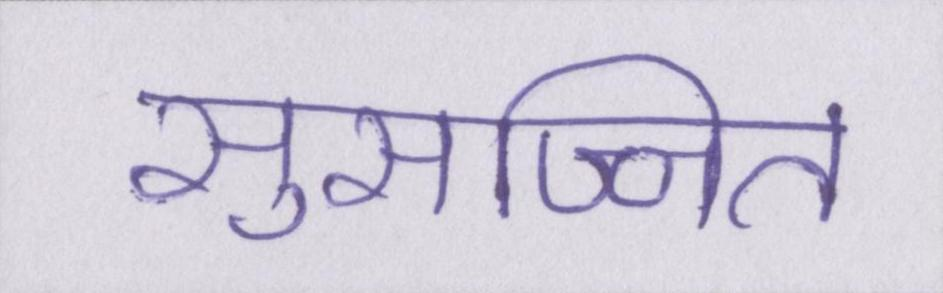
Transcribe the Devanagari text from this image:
सुसज्जित